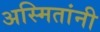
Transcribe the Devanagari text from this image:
अस्मितांनी